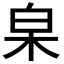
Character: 𣐩